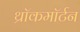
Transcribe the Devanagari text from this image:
थ्रॉकमॉर्टन